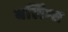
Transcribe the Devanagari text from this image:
बर्लिंग्स